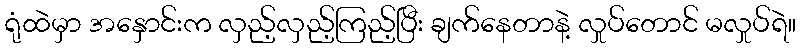
ရုံထဲမှာ အနှောင်းက လှည့်လှည့်ကြည့်ပြီး ချက်နေတာနဲ့ လှုပ်တောင် မလှုပ်ရဲ။